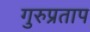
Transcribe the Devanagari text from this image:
गुरुप्रताप